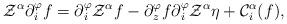
LaTeX: \begin{align*} \mathcal{Z}^\alpha\partial{_i^\varphi}f=\partial{_i^\varphi}\mathcal{Z}^\alpha f-\partial{_z^\varphi}f\partial{_i^\varphi}\mathcal{Z}^\alpha\eta+\mathcal{C}{_i^\alpha}(f),\end{align*}